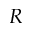
R